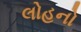
લોહનો